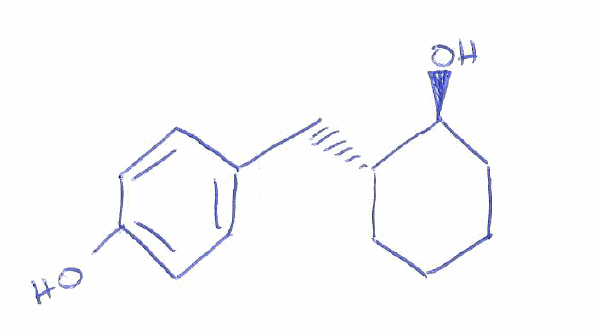
Simplified molecular-input line-entry system (SMILES) notation of the given molecule:
C1CC[C@@H]([C@H](C1)CC2=CC=C(C=C2)O)O